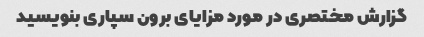
گزارش مختصری در مورد مزایای برون سپاری بنویسید